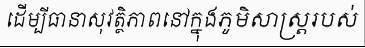
ដើម្បីធានាសុវត្ថិភាពនៅក្នុងភូមិសាស្ត្ររបស់